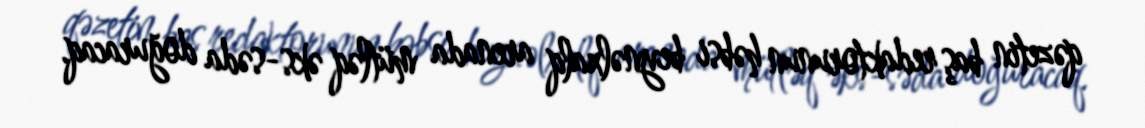
qəzetin baş redaktorunun həbsi beynəlxalq arenada mütləq əks-səda doğuracaq.